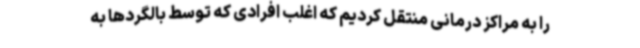
را به مراکز درمانی منتقل کردیم که اغلب افرادی که توسط بالگردها به